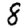
Digit: 8